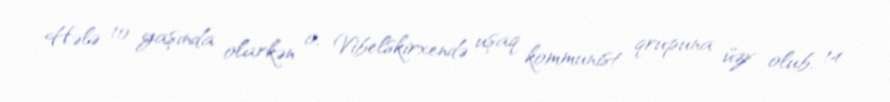
Hələ 10 yaşında olarkən o, Vibelskirxendə uşaq kommunist qrupuna üzv olub, 14